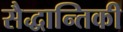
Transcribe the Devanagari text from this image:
सैद्धान्तिकी